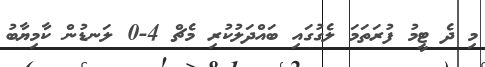
މި ދެ ޓީމު ފުރަތަމަ ލެގުގައި ބައްދަލުކުރި މެޗް 4-0 ލަނޑުން ކާމިޔާބު